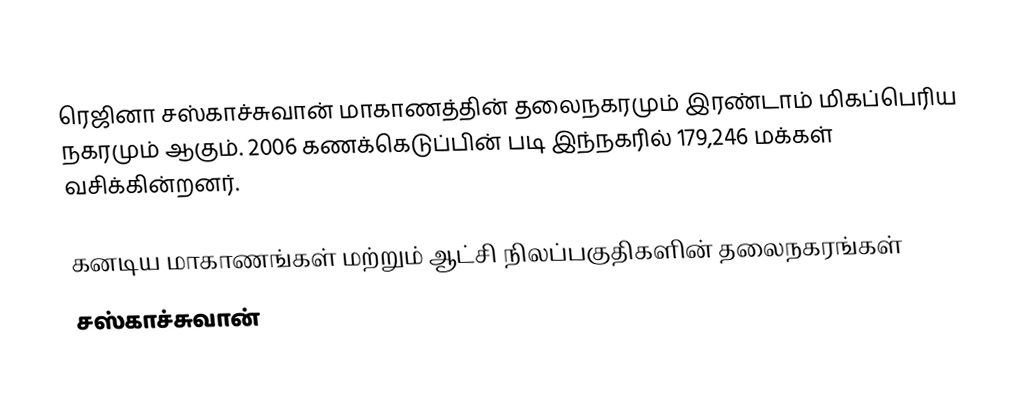
ரெஜினா சஸ்காச்சுவான் மாகாணத்தின் தலைநகரமும் இரண்டாம் மிகப்பெரிய நகரமும் ஆகும். 2006 கணக்கெடுப்பின் படி இந்நகரில் 179,246 மக்கள் வசிக்கின்றனர்.

கனடிய மாகாணங்கள் மற்றும் ஆட்சி நிலப்பகுதிகளின் தலைநகரங்கள்
சஸ்காச்சுவான்